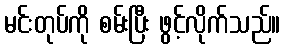
မင်းတုပ်ကို စမ်းပြီး ဖွင့်လိုက်သည်။